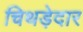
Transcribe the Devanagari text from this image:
चिथड़ेदार